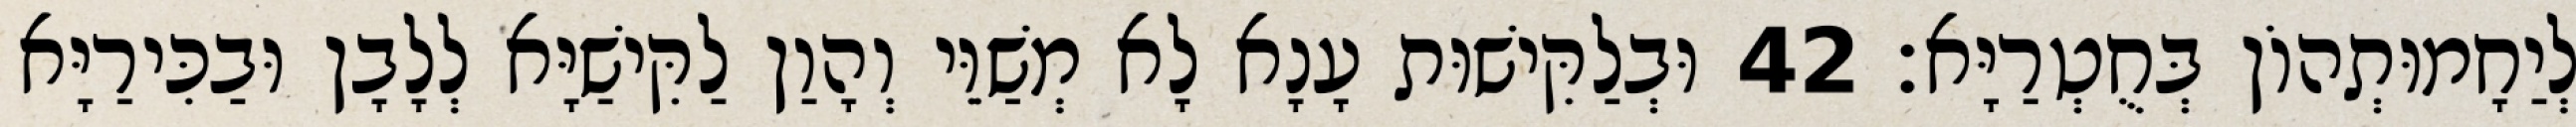
לְיַחָמוּתְהוֹן בְּחֻטְרַיָּא׃ 42 וּבְלַקִּישׁוּת עָנָא לָא מְשַׁוֵּי וְהָוַן לַקִּישַׁיָּא לְלָבָן וּבַכִּירַיָּא